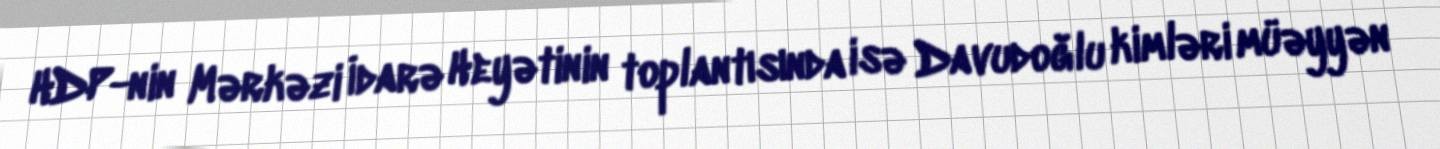
HDP-nin Mərkəzi İdarə Heyətinin toplantısında isə Davudoğlu kimləri müəyyən